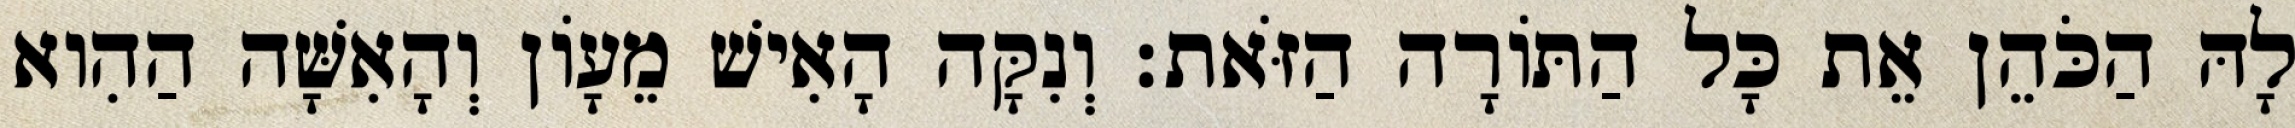
לָהּ הַכֹּהֵן אֵת כָּל הַתּוֹרָה הַזֹּאת׃ וְנִקָּה הָאִישׁ מֵעָוֹן וְהָאִשָּׁה הַהִוא